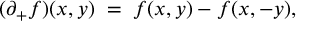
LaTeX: ( \partial _ { + } f ) ( x , y ) \; = \; f ( x , y ) - f ( x , - y ) ,